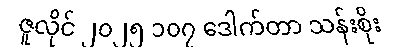
ဇူလိုင် ၂၀၂၅ ၁၀၇ ဒေါက်တာ သန်းစိုး